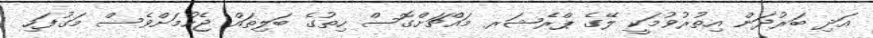
އަދި ބަރުދަން އިތުރުވުމަކީ ލޭގެ ޕްރެޝަރ މައްޗަށްގޮސް ހިތުގެ ބަލިތައް ޖެހުމަށްވެސް މަގުފަހި